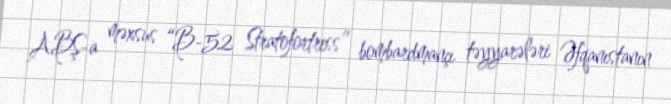
ABŞ-a məxsus “B-52 Stratofortress” bombardmançı təyyarələri Əfqanıstanın